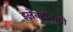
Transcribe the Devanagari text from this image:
इलेक्ट्रॉनाची